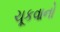
ચૂકવાનો